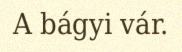
A bágyi vár.